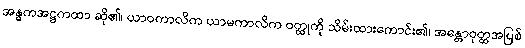
အန္ဓကအဋ္ဌကထာ ဆို၏၊ ယာဝကာလိက ယာမကာလိက ဝတ္ထုကို သိမ်းထားကောင်း၏၊ အန္တောဝုတ္ထအပြစ်